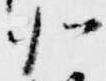
北